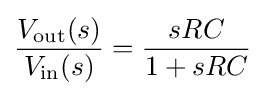
{\frac {V_{\rm {out}}(s)}{V_{\rm {in}}(s)}}={\frac {sRC}{1+sRC}}